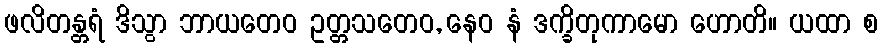
ဖလိတန္တရံ ဒိသွာ ဘာယတေဝ ဥတ္တသတေဝ, နေဝ နံ ဒက္ခိတုကာမော ဟောတိ။ ယထာ စ